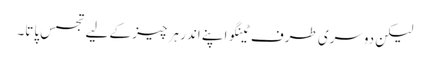
لیکن دوسری طرف ٹینگو اپنے اندر ہر چیز کے لیے تجسس پاتا۔